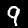
Label: 9